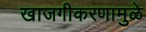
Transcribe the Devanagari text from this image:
खाजगीकरणामुळे